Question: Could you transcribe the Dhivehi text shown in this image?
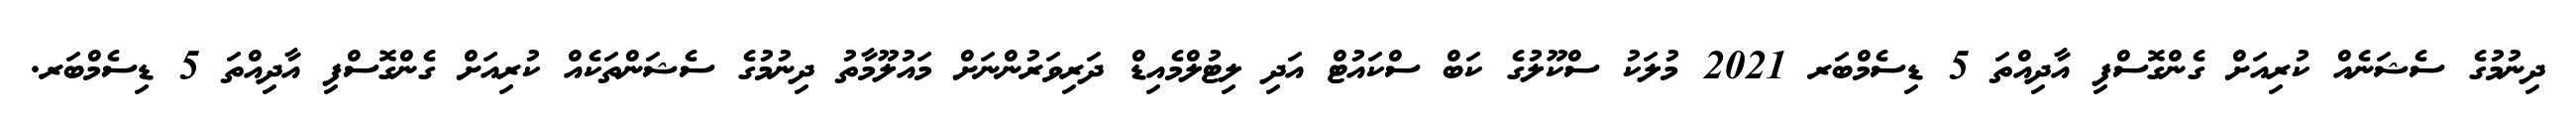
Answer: ދިނުމުގެ ސެޝަނެއް ކުރިއަށް ގެންގޮސްފި އާދިއްތަ 5 ޑިސެމްބަރ 2021 މުލަކު ސްކޫލުގެ ކަބް ސްކައުޓް އަދި ލިޓުލްމެއިޑް ދަރިވަރުންނަށް މައުލޫމާތު ދިނުމުގެ ސެޝަންތަކެއް ކުރިއަށް ގެންގޮސްފި އާދިއްތަ 5 ޑިސެމްބަރ.